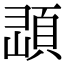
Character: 𩒔